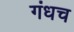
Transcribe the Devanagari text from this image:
गंधच